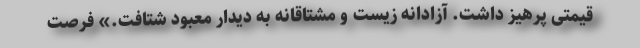
قیمتی پرهیز داشت. آزادانه زیست و مشتاقانه به دیدار معبود شتافت.» فرصت